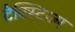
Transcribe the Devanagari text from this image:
टैक्स्टिज्म